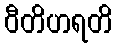
ဝီတိဟရတိ